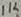
Text: 1K